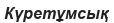
Күретұмсық